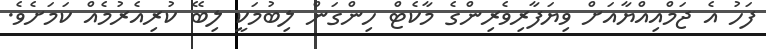
ފަހު އެ ޖަމްއިއްޔާއަށް ވިޔަފާރިވެރިންގެ މާކެޓް ހިންގަން ލިބުމަކީ ލިބޭ ކުރިއެރުމެއް ކަމަށެވެ.